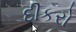
દીકરો